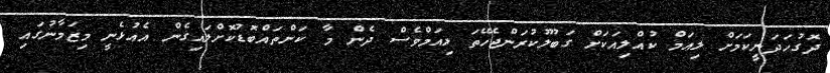
ދޮގުހަދަނީކަމަށް ލިއަމް ކުއްލިއަކަށް ގަބޫލުކުރަންޖެހޭތަ ލިއަމްވެސް ދެން މާ ކަންތައްބޮޑުކޮށްލައިގެން އެއުޅެނީ މިޒަމާނުގައި